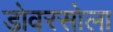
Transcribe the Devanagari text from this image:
डोवरसोला